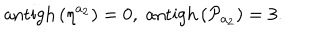
LaTeX: \mathrm { a n t i g h } \left( \eta ^ { a _ { 2 } } \right) = 0 , \; \mathrm { a n t i g h } \left( \mathcal { P } _ { a _ { 2 } } \right) = 3 .